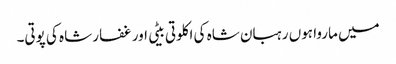
میں ماروا ہوں رہبان شاہ کی اکلوتی بیٹی اور غفار شاہ کی پوتی۔